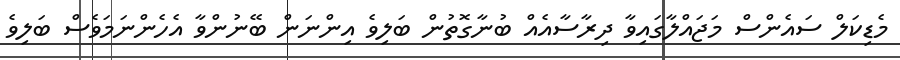
މެޑިކަލް ސައެންސް މަޖައްލާގައިވާ ދިރާސާއެއް ބުނާގޮތުން ބަލިވެ އިންނަން ބޭނުންވާ އެހެންނަމަވެސް ބަލިވެ